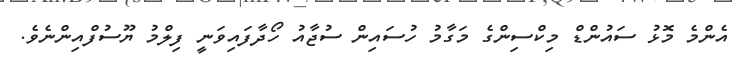
އެންމެ މޮޅު ސައުންޑް މިކްސިންގެ މަގާމު ހުސައިން ސުޖާއު ހޯދާފައިވަނީ ފިލްމު ޔޫސުފްއިންނެވެ.